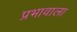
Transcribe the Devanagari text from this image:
प्रभावाला